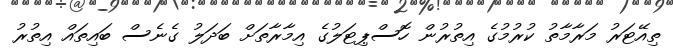
ތިއޭޓަރު މަރާމާތު ކުރުމުގެ އިތުރުން ހޮސްޕިޓަލުގެ އިމާރާތަށް ބަދަލު ގެނެސް ބައިތައް އިތުރު